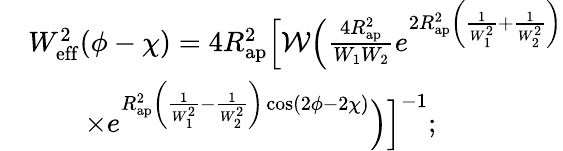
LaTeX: \begin{array}{rl}&{W_{\mathrm{eff}}^{2}(\phi-\chi)=4R_{\mathrm{ap}}^{2}\Bigl[\mathcal{W}\Bigl(\frac{4R_{\mathrm{ap}}^{2}}{W_{1}W_{2}}e^{2R_{\mathrm{ap}}^{2}\left(\frac{1}{W_{1}^{2}}+\frac{1}{W_{2}^{2}}\right)}\Bigr.\Bigr.}\\ &{\qquad\times\Bigl.\Bigl.e^{R_{\mathrm{ap}}^{2}\left(\frac{1}{W_{1}^{2}}-\frac{1}{W_{2}^{2}}\right)\cos(2\phi-2\chi)}\Bigr)\Bigr]^{-1};}\end{array}